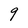
Character: q